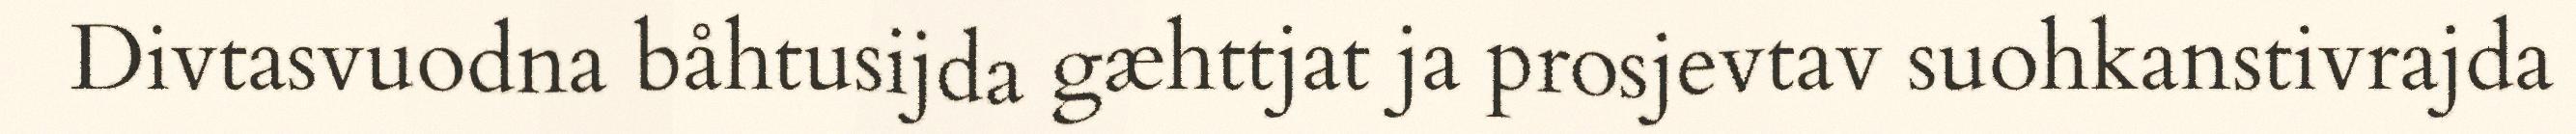
Divtasvuodna båhtusijda gæhttjat ja prosjevtav suohkanstivrajda